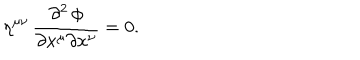
LaTeX: \eta ^ { \mu \nu } \, { \frac { \partial ^ { 2 } \, \phi } { \partial x ^ { \mu } \partial x ^ { \nu } } } = 0 .